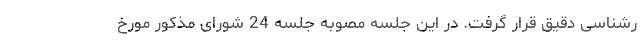
رشناسی دقیق قرار گرفت. در این جلسه مصوبه جلسه 24 شورای مذکور مورخ